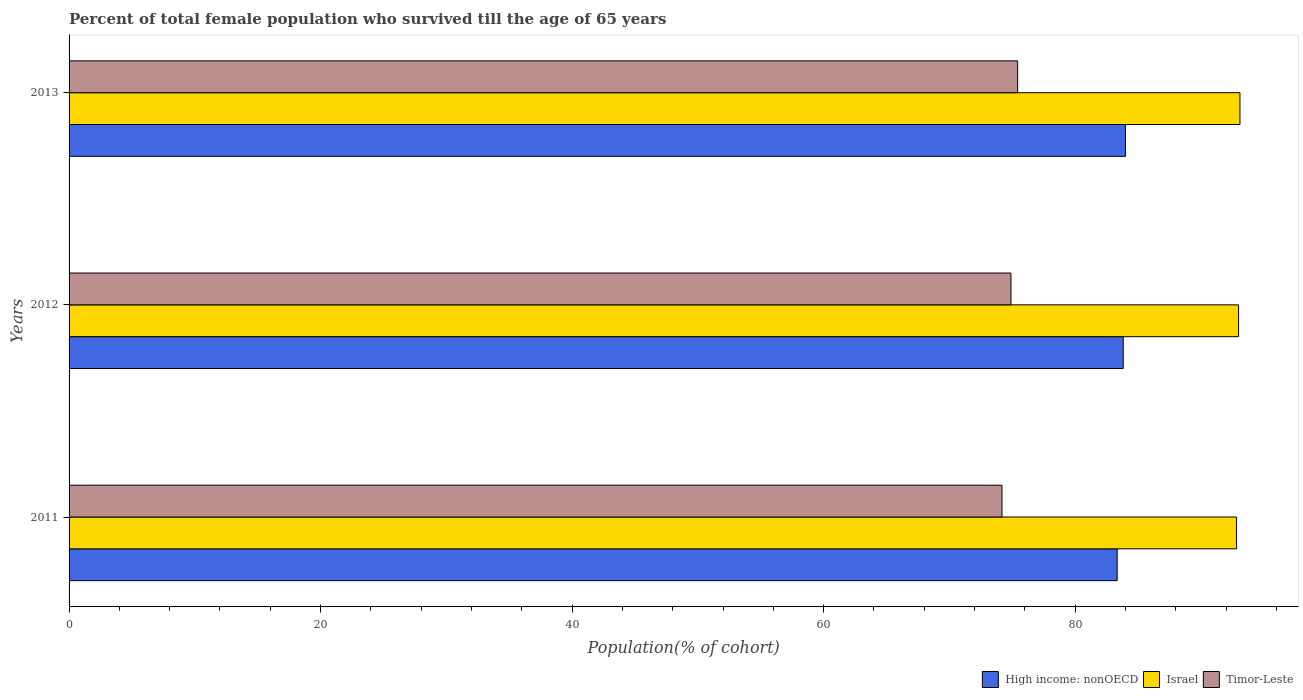
| Years | High income: nonOECD | Israel | Timor-Leste |
 | --- | --- | --- | --- |
 | 2011 | 83.3 | 92.8 | 74.2 |
 | 2012 | 83.8 | 93 | 74.9 |
 | 2013 | 84 | 93.1 | 75.4 |